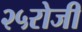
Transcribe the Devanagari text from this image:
२५रोजी